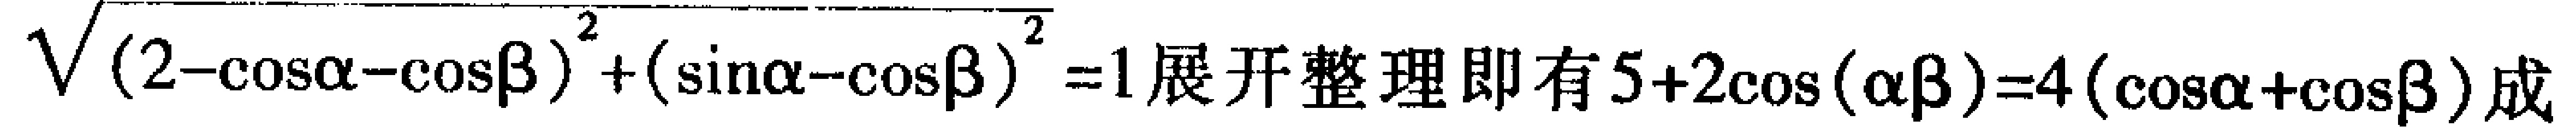
\(\sqrt{(2 - \cos\alpha - \cos\beta)^2 + (\sin\alpha - \cos\beta)^2} = 1\)展开整理即有\(5 + 2\cos(\alpha\beta)=4(\cos\alpha+\cos\beta)\)成